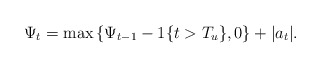
\begin{align*}\Psi_t = \max \left \{ \Psi_{t-1} - 1\{t > T_u\}, 0 \right \} + |a_t|.\end{align*}